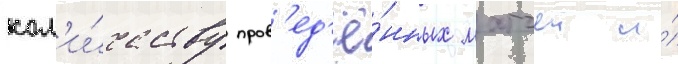
кол'и́честву пров'ед'ё́нных матчеи и́